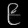
Digit: ၉